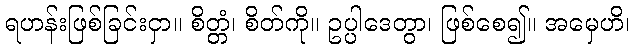
ရဟန်းဖြစ်ခြင်းငှာ။ စိတ္တံ၊ စိတ်ကို။ ဥပ္ပါဒေတွာ၊ ဖြစ်စေ၍။ အမှေဟိ၊